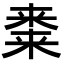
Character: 𭫝